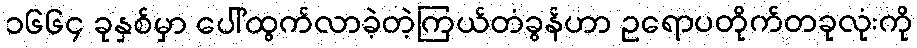
၁၆၆၄ ခုနှစ်မှာ ပေါ်ထွက်လာခဲ့တဲ့ကြယ်တံခွန်ဟာ ဥရောပတိုက်တခုလုံးကို